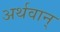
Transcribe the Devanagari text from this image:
अर्थवान्